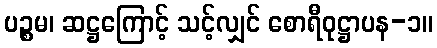
ပဉ္စမ၊ ဆဋ္ဌကြောင့် သင့်လျှင် စောရီဝုဋ္ဌာပန-၁။